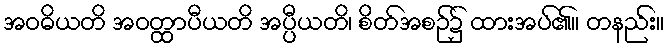
အဝဓိယတိ အဝတ္ထာပီယတိ အပ္ပီယတိ၊ စိတ်အစဉ်၌ ထားအပ်၏။ တနည်း။